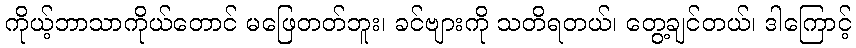
ကိုယ့်ဘာသာကိုယ်တောင် မဖြေတတ်ဘူး၊ ခင်ဗျားကို သတိရတယ်၊ တွေ့ချင်တယ်၊ ဒါကြောင့်